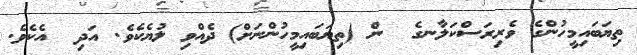
ތިޔަބައިމީހުންގެ ވެރިރަސްކަލާނގެ  ން (ތިޔަބައިމީހުންނަށް) ދެއްވި ލުޔެކެވެ. އަދި  އެކެވެ.